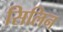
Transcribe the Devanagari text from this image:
सिलिन